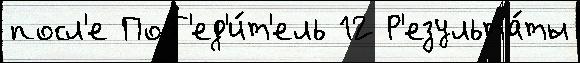
посл'е Поб'ед'и́т'ель 12 Р'езульта́ты